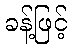
ခန့်ဖြင့်